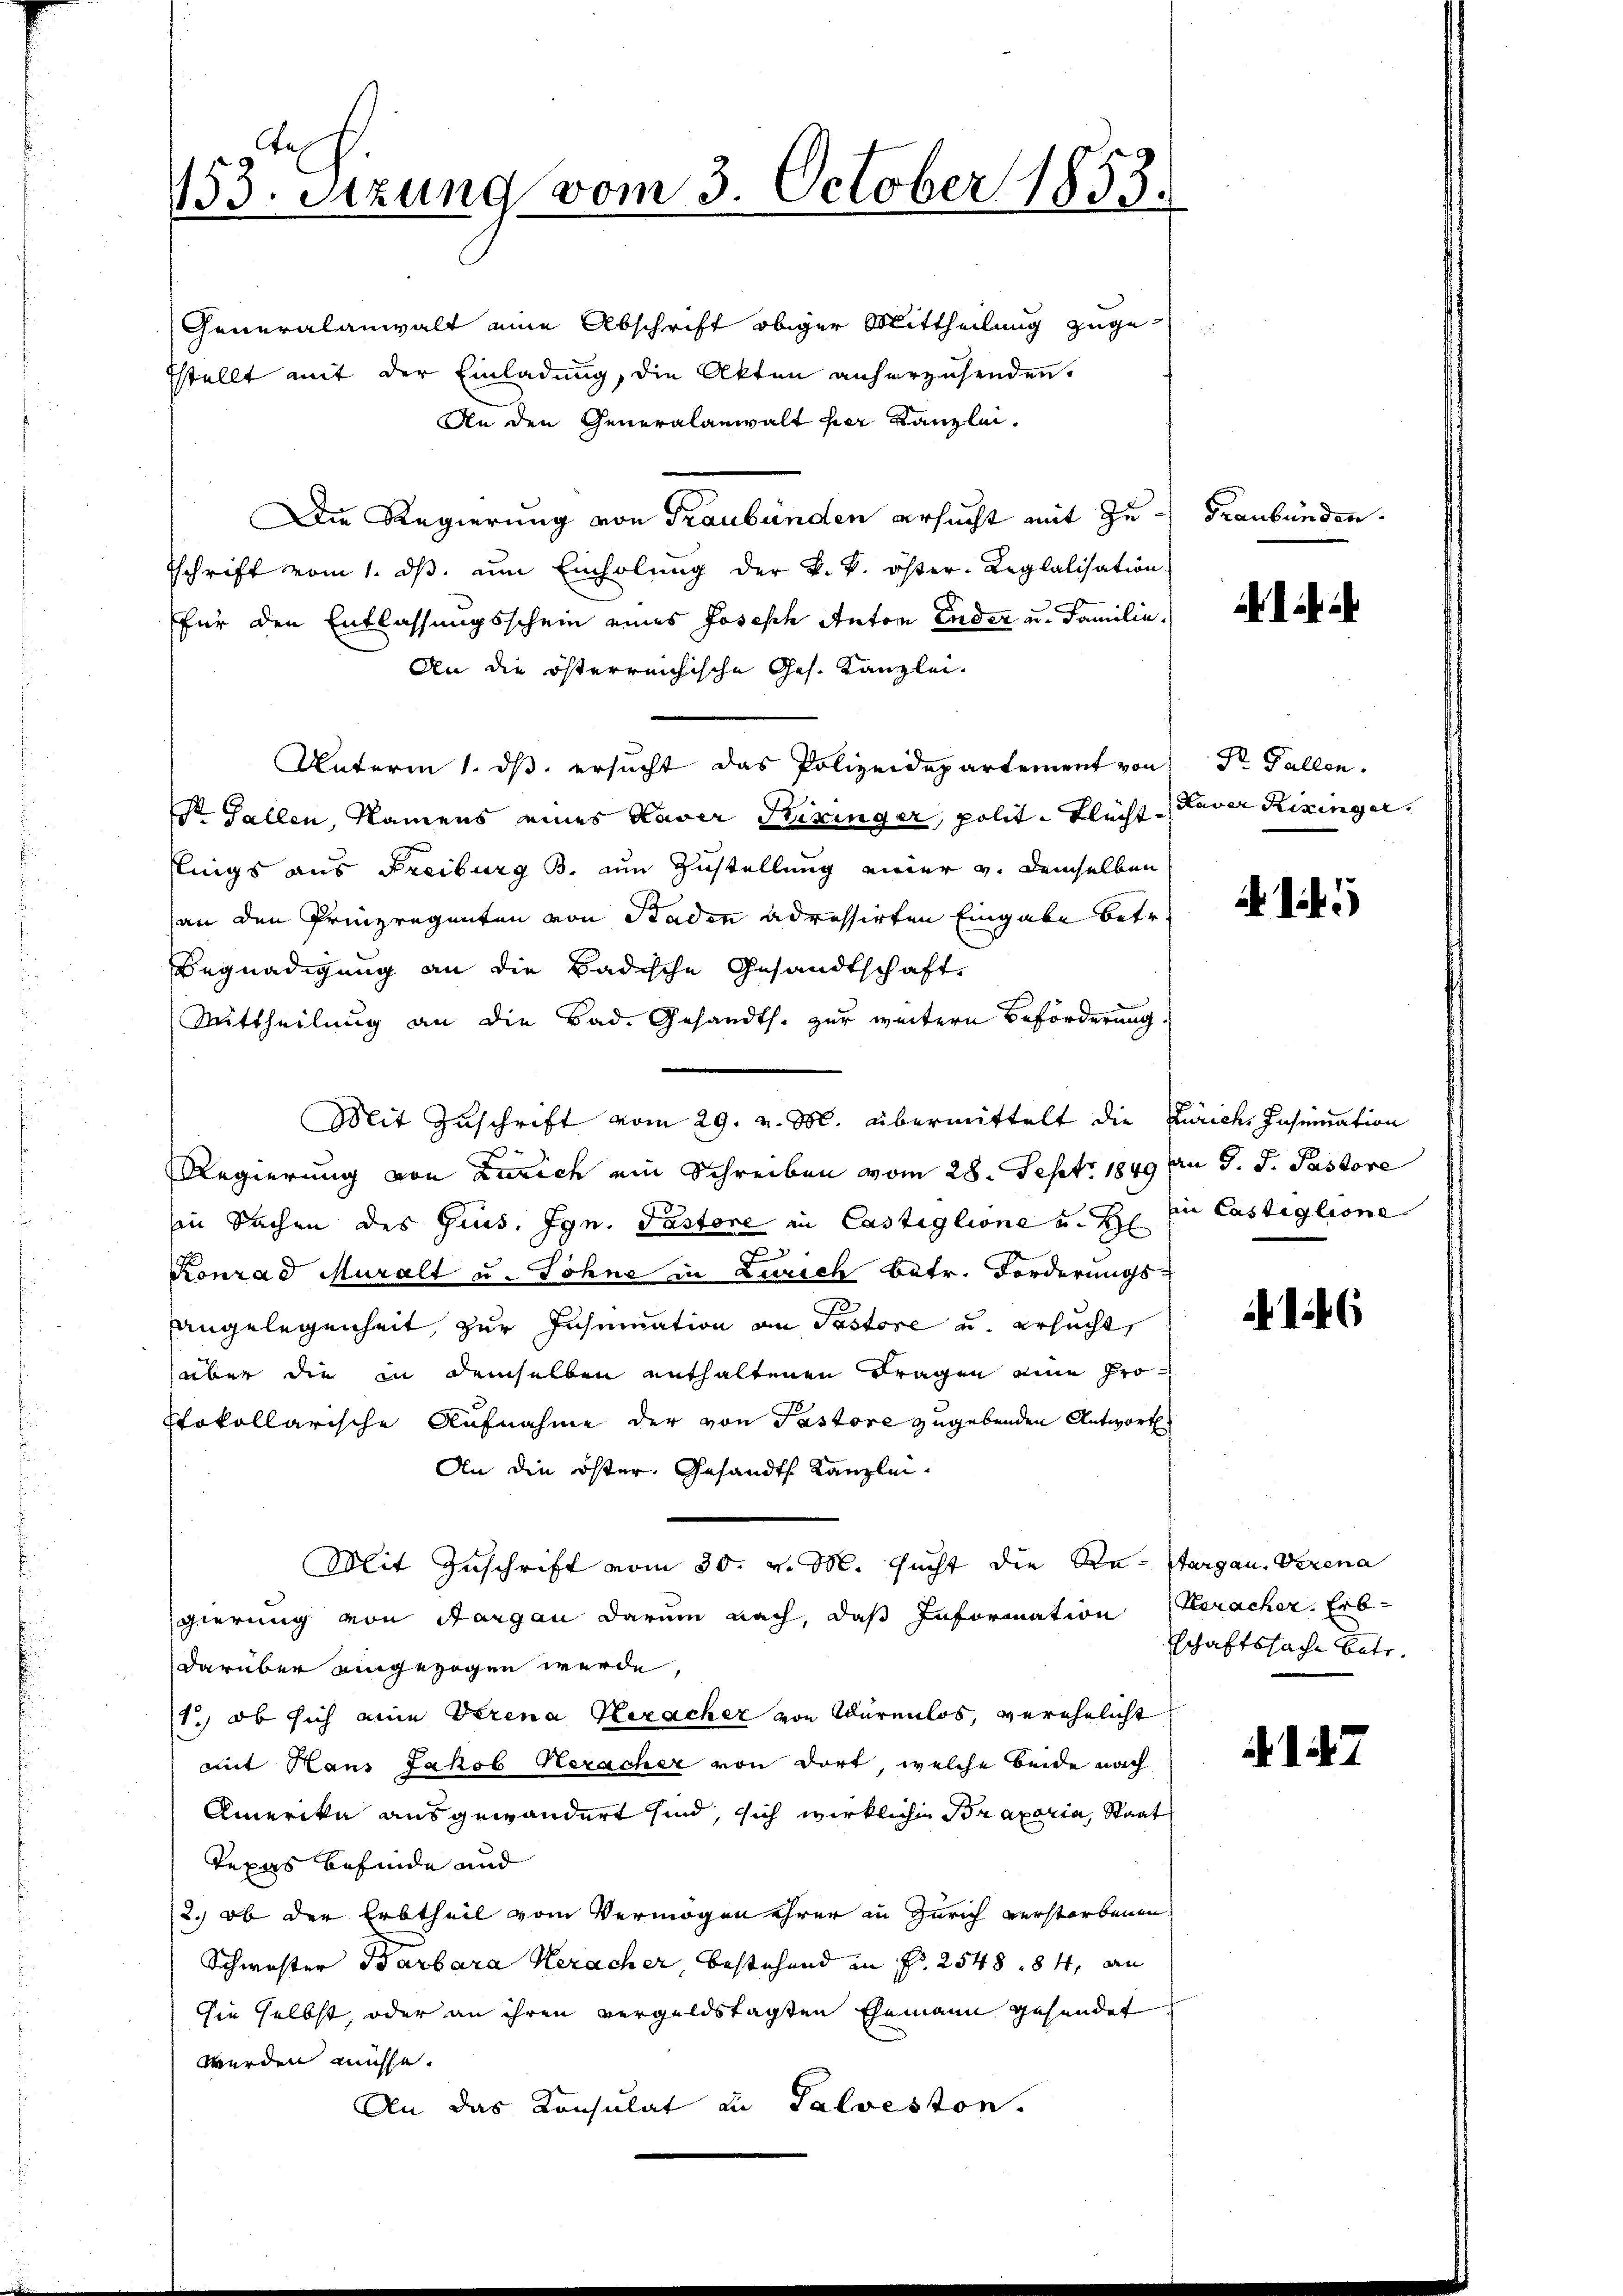
153. Sitzung vom 3. October 1853.

Generalanwalt eine Abschrift obiger Mittheilung zugesstellt mit der Einladung, die Akten anherzusenden.
An den Generalanwalt der Kanzlei
Die Regierung von Graubünden ersucht mit Zu- Graubünden.
schrift vom 1. dβ. ŭm Einholŭng der k. k. öster-Regalisation
für den Entlassungsschein eines Josisch Anton Ender u. Familie
An die österreichische Ges. Kanzlei-
Unterm 1. dß ersucht das Polizeidepartement von Dr. Gallen.
Dr. Gallen, Namens eines Kaver Kiringer, polit. Flecht Laver Rezinger,
flings aus Freiburg B. um Zustellung einer v. demselben
an den Prinzregenten von Staden adressirten Eingabe betr.
Begnadigung an die Badische Gesandtschaft
Mittheilung an die Bad. Gesandts. zur weitern Beförderung.
Mit Zuschrift vom 29. v. M. übermittelt die Zürich, Insinuation
Regierung von Zürich ein Schreiben vom 28. Sept. 1849 an J. J. Pastore
in Sachen des Gris. Ign. Pastore in Castiglione u. H
Konrad Muralt u. Söhne in Zürich Betr. Forderungs-
Angelegenheit zur Insemation an Pastore u. ersucht,
über die in demselben enthaltenen Fragen eine Prostokollarische Aufnahme der von Pastore zugebenden Antwort
An die öster, Gesandt. Kanzlei-
Mit Zuschrift vom 30. v. M. sucht die Re- stargau. Verena
gierung von Aargau darum nach, daß Information (Veracher, Erbdarüber aingezogen wurde,
1., ob sich eine Verena Heracher von Würenlos, verehelicht
mit Haus Jakob Neracher von dort, welche beide nach
Amerika ausgewändert sind, sich wirklichen Braparia, Staat
Texas befinde und
2.) ob der Erbtheil vom Vermögen ihrer in Zürich verstorbenen
Schwester Barbara Heracher, bestehend in Fr. 2548. 84, an
Sie selbst, oder an ihren vergeldstagten Ehemann gehendet
werden müsse.
An das Konsulat in Salveston.

145

siie Castiglione

schaftssache betr.
. d. d. 7.